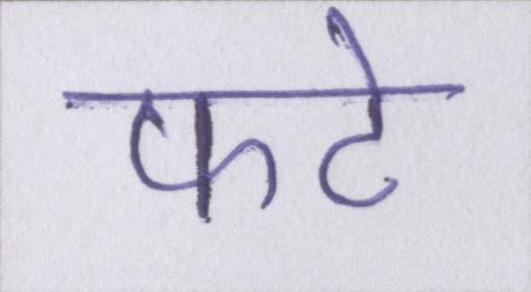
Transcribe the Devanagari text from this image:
फटे